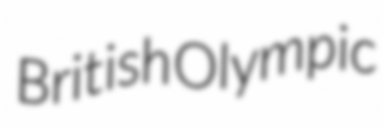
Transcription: British Olympic